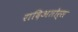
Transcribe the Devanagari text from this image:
रादिअतोर्स